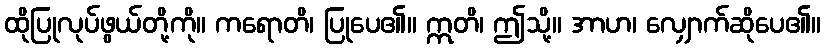
ထိုပြုလုပ်ဖွယ်တို့ကို။ ကရောတိ၊ ပြုပေ၏။ ဣတိ၊ ဤသို့။ အာဟ၊ လျှောက်ဆိုပေ၏။